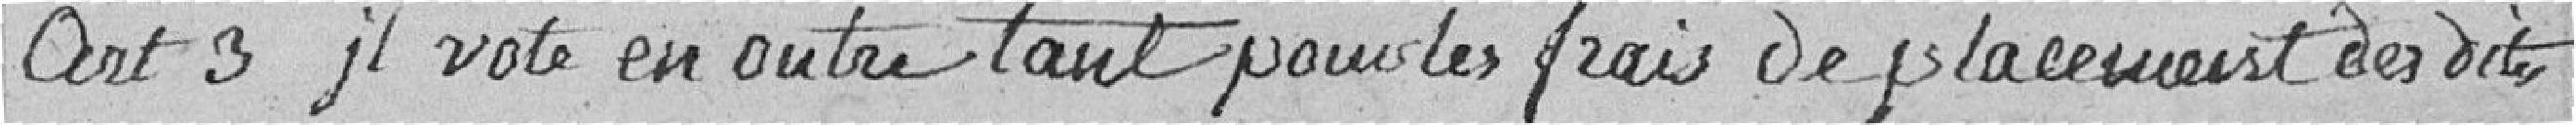
Art. 3 il vote en outre tant pour les frais de placement des dites